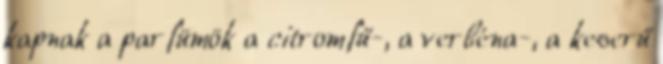
kapnak a parfümök a citromfű-, a verbéna-, a keserű